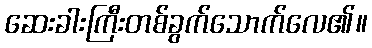
ဆေးခါးကြီးတစ်ခွက်သောက်လေ၏။